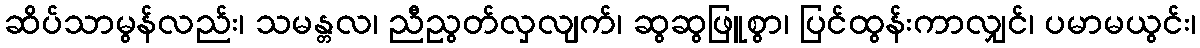
ဆိပ်သာမွန်လည်း၊ သမန္တလ၊ ညီညွတ်လှလျက်၊ ဆွဆွဖြူစွာ၊ ပြင်ထွန်းကာလျှင်၊ ပမာမယွင်း၊